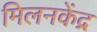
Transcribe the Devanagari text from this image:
मिलनकेंद्र